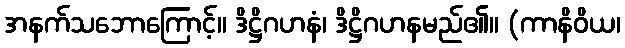
အနက်သဘောကြောင့်။ ဒိဋ္ဌိဂဟနံ၊ ဒိဋ္ဌိဂဟနမည်၏။ (ကာနိဝိယ၊